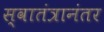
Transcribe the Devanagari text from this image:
स्वातंत्रानंतर